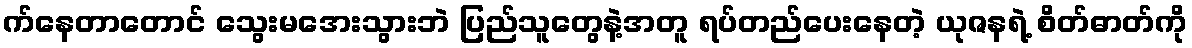
က်နေတာတောင် သွေးမအေးသွားဘဲ ပြည်သူတွေနဲ့အတူ ရပ်တည်ပေးနေတဲ့ ယုဇနရဲ့ စိတ်ဓာတ်ကို